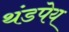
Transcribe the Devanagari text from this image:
थंडपेय